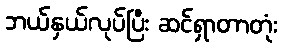
ဘယ်နှယ်လုပ်ပြီး ဆင်ရှာတာတုံး